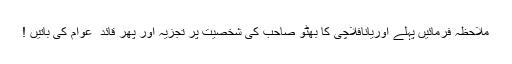
ملاحظہ فرمائیں پہلے اوریانافلاچی کا بھٹو صاحب کی شخصیت پر تجزیہ اور پھر قائد ِ عوام کی باتیں !